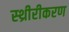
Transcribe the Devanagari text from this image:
स्थ्रीरीकरण